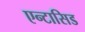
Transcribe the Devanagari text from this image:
एन्टासिड